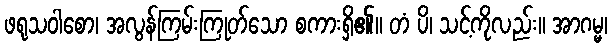
ဖရုသဝါစော၊ အလွန်ကြမ်းကြုတ်သော စကားရှိ၏။ တံ ပိ၊ သင့်ကိုလည်း။ အာဂမ္မ၊